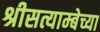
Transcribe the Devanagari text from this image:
श्रीसत्याम्बेच्या